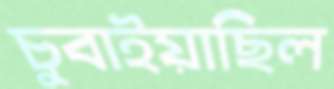
চুবাইয়াছিল